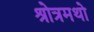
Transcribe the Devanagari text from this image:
श्रोत्रमथो